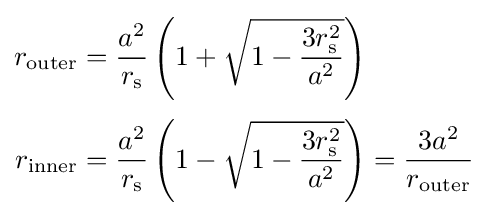
{\begin{aligned}r_{\text{outer}}&={\frac {a^{2}}{r_{\text{s}}}}\left(1+{\sqrt {1-{\frac {3r_{\text{s}}^{2}}{a^{2}}}}}\right)\\[3pt]r_{\text{inner}}&={\frac {a^{2}}{r_{\text{s}}}}\left(1-{\sqrt {1-{\frac {3r_{\text{s}}^{2}}{a^{2}}}}}\right)={\frac {3a^{2}}{r_{\text{outer}}}}\end{aligned}}